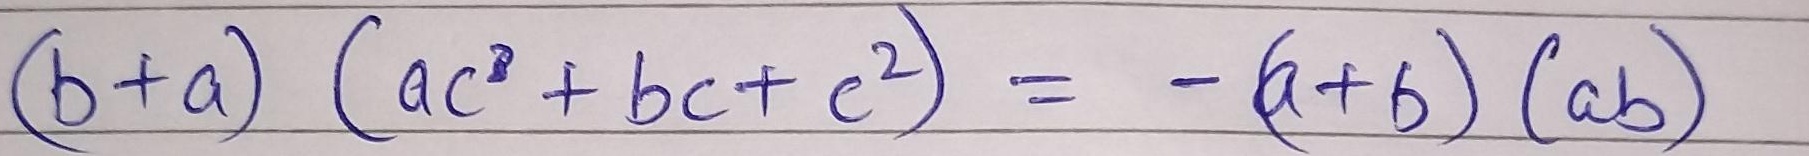
\[(b + a)(ac^{2}+bc + c^{2})=-(a + b)(ab)\]